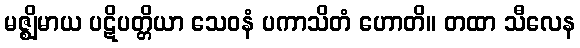
မဇ္ဈိမာယ ပဋိပတ္တိယာ သေဝနံ ပကာသိတံ ဟောတိ။ တထာ သီလေန